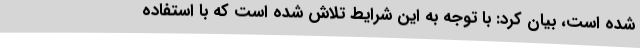
شده است، بیان کرد: با توجه به این شرایط تلاش شده است که با استفاده